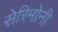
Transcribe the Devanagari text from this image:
सेरिमोनी